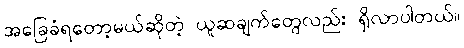
အခြေခံရတော့မယ်ဆိုတဲ့ ယူဆချက်တွေလည်း ရှိလာပါတယ်။